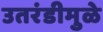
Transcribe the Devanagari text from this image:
उतरंडीमुळे